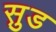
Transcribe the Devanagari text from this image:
सु़ड